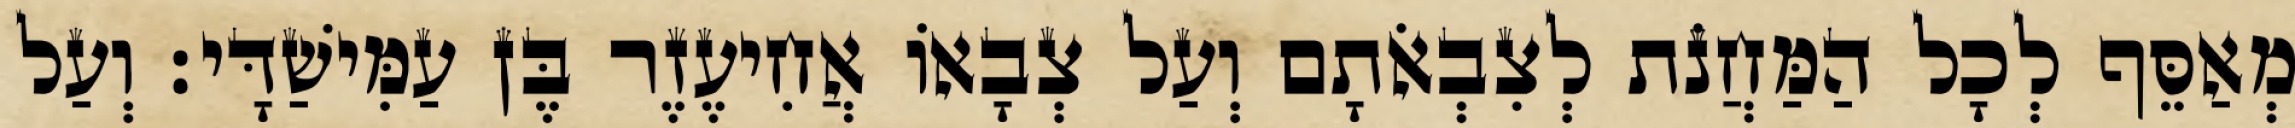
מְאַסֵּף לְכָל הַמַּחֲנֹת לְצִבְאֹתָם וְעַל צְבָאוֹ אֲחִיעֶזֶר בֶּן עַמִּישַׁדָּי׃ וְעַל